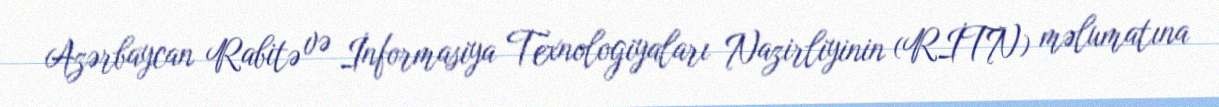
Azərbaycan Rabitə və İnformasiya Texnologiyaları Nazirliyinin (RİTN) məlumatına